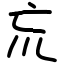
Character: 巟